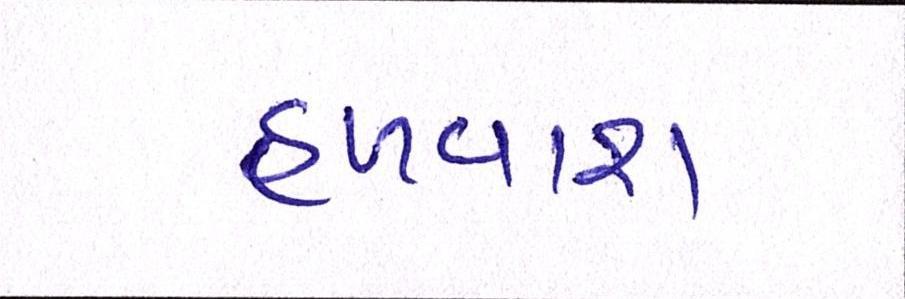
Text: હળવાશ